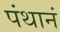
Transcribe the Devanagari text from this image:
पंथानं